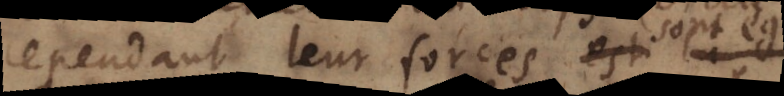
cependant leur force est